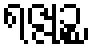
ရဇ္ဇုဉ္စ